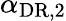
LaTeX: \alpha_{\mathrm{DR},2}